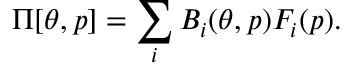
\Pi [ \theta , p ] = \sum _ { i } B _ { i } ( \theta , p ) F _ { i } ( p ) .